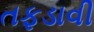
તફડાવી